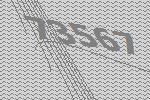
73567